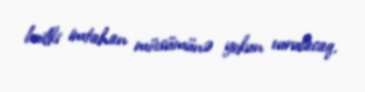
builki imtahan mövsümünə yekun vurulacaq.